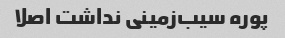
پوره سیب‌زمینی نداشت اصلا